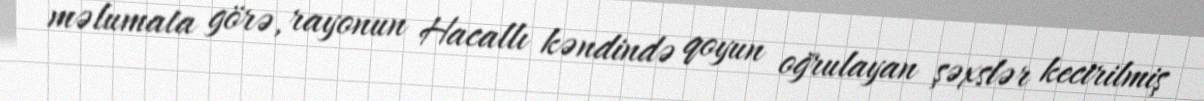
məlumata görə, rayonun Hacallı kəndində qoyun oğrulayan şəxslər kecirilmiş